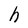
Character: h